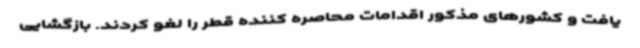
یافت و کشورهای مذکور اقدامات محاصره کننده قطر را لغو کردند. بازگشایی